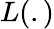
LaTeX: L(.)